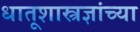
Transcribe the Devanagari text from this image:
धातूशास्त्रज्ञांच्या